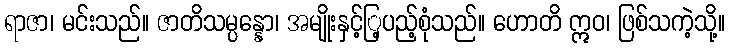
ရာဇာ၊ မင်းသည်။ ဇာတိသမ္ပန္နော၊ အမျိုးနှင့်ြ့ပည့်စုံသည်။ ဟောတိ ဣဝ၊ ဖြစ်သကဲ့သို့။